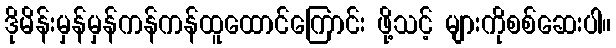
ဒိုမိန်းမှန်မှန်ကန်ကန်ထူထောင်ကြောင်း ဖို့သင့် များကိုစစ်ဆေးပါ။